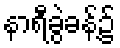
နာရီခွဲခန့်၌